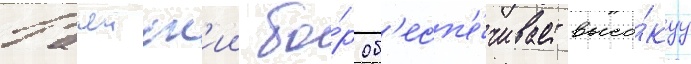
Рачеиск'ии бо́р об'есп'е́чивает высо́куу